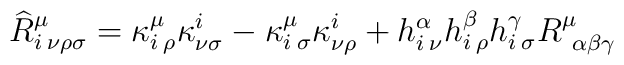
\widehat{R}^{\mu}_{i\: \nu \rho \sigma}=\kappa^{\mu}_{i\: \rho}\kappa^{i}_{\nu \sigma}-\kappa^{\mu}_{i\: \sigma}\kappa^{i}_{\nu \rho}+h^{\alpha}_{i\: \nu}h^{\beta}_{i\: \rho}h^{\gamma}_{i\: \sigma}R^{\mu}_{\:\: \alpha \beta \gamma}